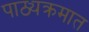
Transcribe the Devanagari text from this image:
पाठ्यक्रमात